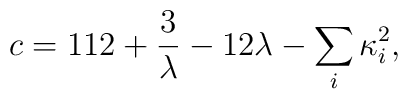
c=112+{3\over \lambda} -12\lambda -\sum_i\kappa_i^2,